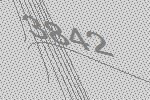
3842